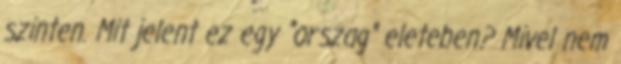
szinten. Mit jelent ez egy "orszag" eleteben? Mivel nem